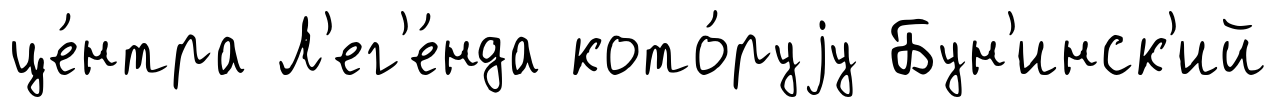
це́нтра Л'ег'е́нда кото́руjу Бун'инск'ий